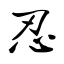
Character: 忍